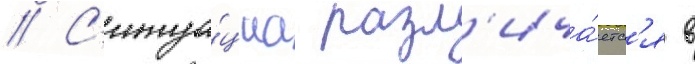
// С'итуа́циа разл'ича́етс'я в